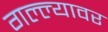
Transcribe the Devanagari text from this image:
गल्ल्यावर